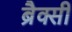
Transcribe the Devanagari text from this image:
ब्रैक्सी